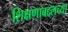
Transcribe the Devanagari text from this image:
शिक्षणाबद्दलच्या